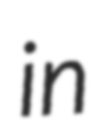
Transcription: in